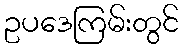
ဥပဒေကြမ်းတွင်